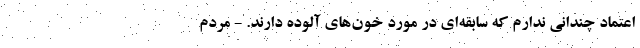
اعتماد چندانی ندارم که سابقه‌ای در مورد خون‌های آلوده دارند. - مردم